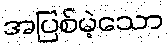
အပြစ်မဲ့သော